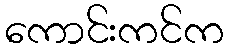
ကောင်းကင်က